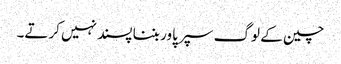
چین کے لوگ سپر پاور بننا پسند نہیں کرتے۔